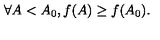
\forall A < A _ { 0 } , f ( A ) \geq f ( A _ { 0 } ) .